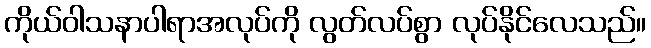
ကိုယ်ဝါသနာပါရာအလုပ်ကို လွတ်လပ်စွာ လုပ်နိုင်လေသည်။